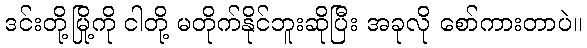
ဒင်းတို့မြို့ကို ငါတို့ မတိုက်နိုင်ဘူးဆိုပြီး အခုလို စော်ကားတာပဲ။